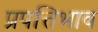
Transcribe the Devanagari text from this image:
प्रपत्तिभाव